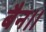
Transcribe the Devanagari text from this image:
बैन।।